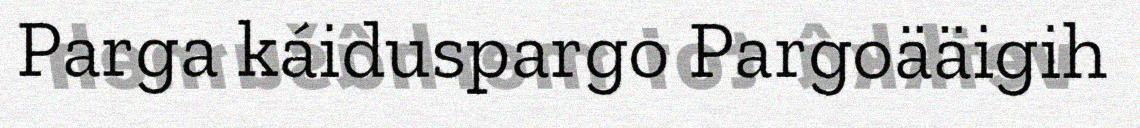
Parga káiduspargo Pargoääigih